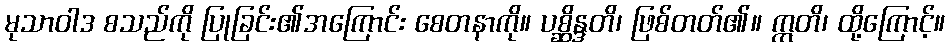
မုသာဝါဒ စသည်ကို ပြုခြင်း၏အကြောင်း စေတနာကို။ ပစ္ဆိန္ဒတိ၊ ဖြစ်တတ်၏။ ဣတိ၊ ထို့ကြောင့်။